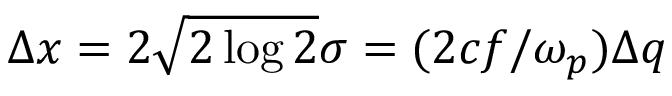
\Delta x = 2 \sqrt { 2 \log 2 } \sigma = ( 2 c f / \omega _ { p } ) \Delta q